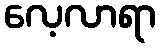
လေ့လာရာ